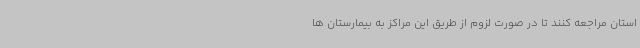
استان مراجعه کنند تا در صورت لزوم از طریق این مراکز به بیمارستان ها